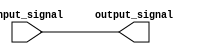
module io_block_lvcmos_buffer(
    input wire input_signal,
    output reg output_signal
);

always @(input_signal) begin
    output_signal <= input_signal;
end

endmodule